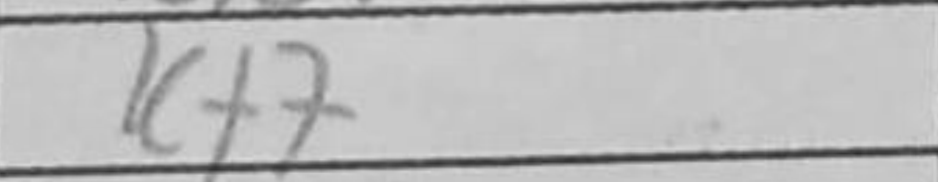
Transcription: Kf7